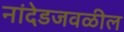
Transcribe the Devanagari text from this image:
नांदेडजवळील